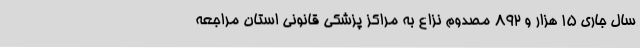
سال جاری 15 هزار و 892 مصدوم نزاع به مراکز پزشکی قانونی استان مراجعه